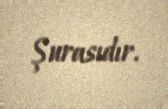
Şurasıdır.